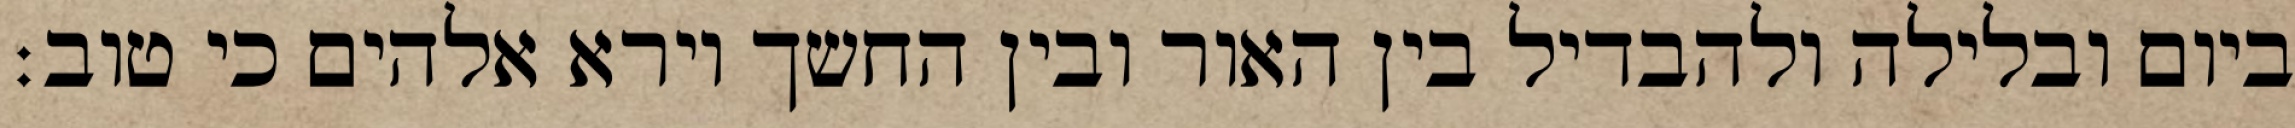
ביום ובלילה ולהבדיל בין האור ובין החשך וירא אלהים כי טוב׃